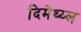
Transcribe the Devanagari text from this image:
दिमेथ्य्ल